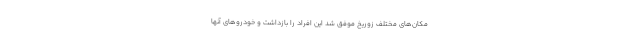
مکان‌های مختلف زوریخ موفق شد این افراد را بازداشت و خودروهای آنها